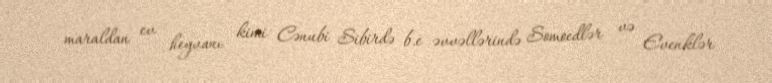
maraldan ev heyvanı kimi Cənubi Sibirdə b.e əvvəllərində Somoedlər və Evenklər